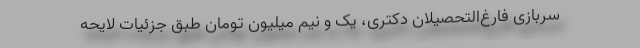
سربازی فارغ‌التحصیلان دکتری، یک و نیم میلیون تومان طبق جزئیات لایحه